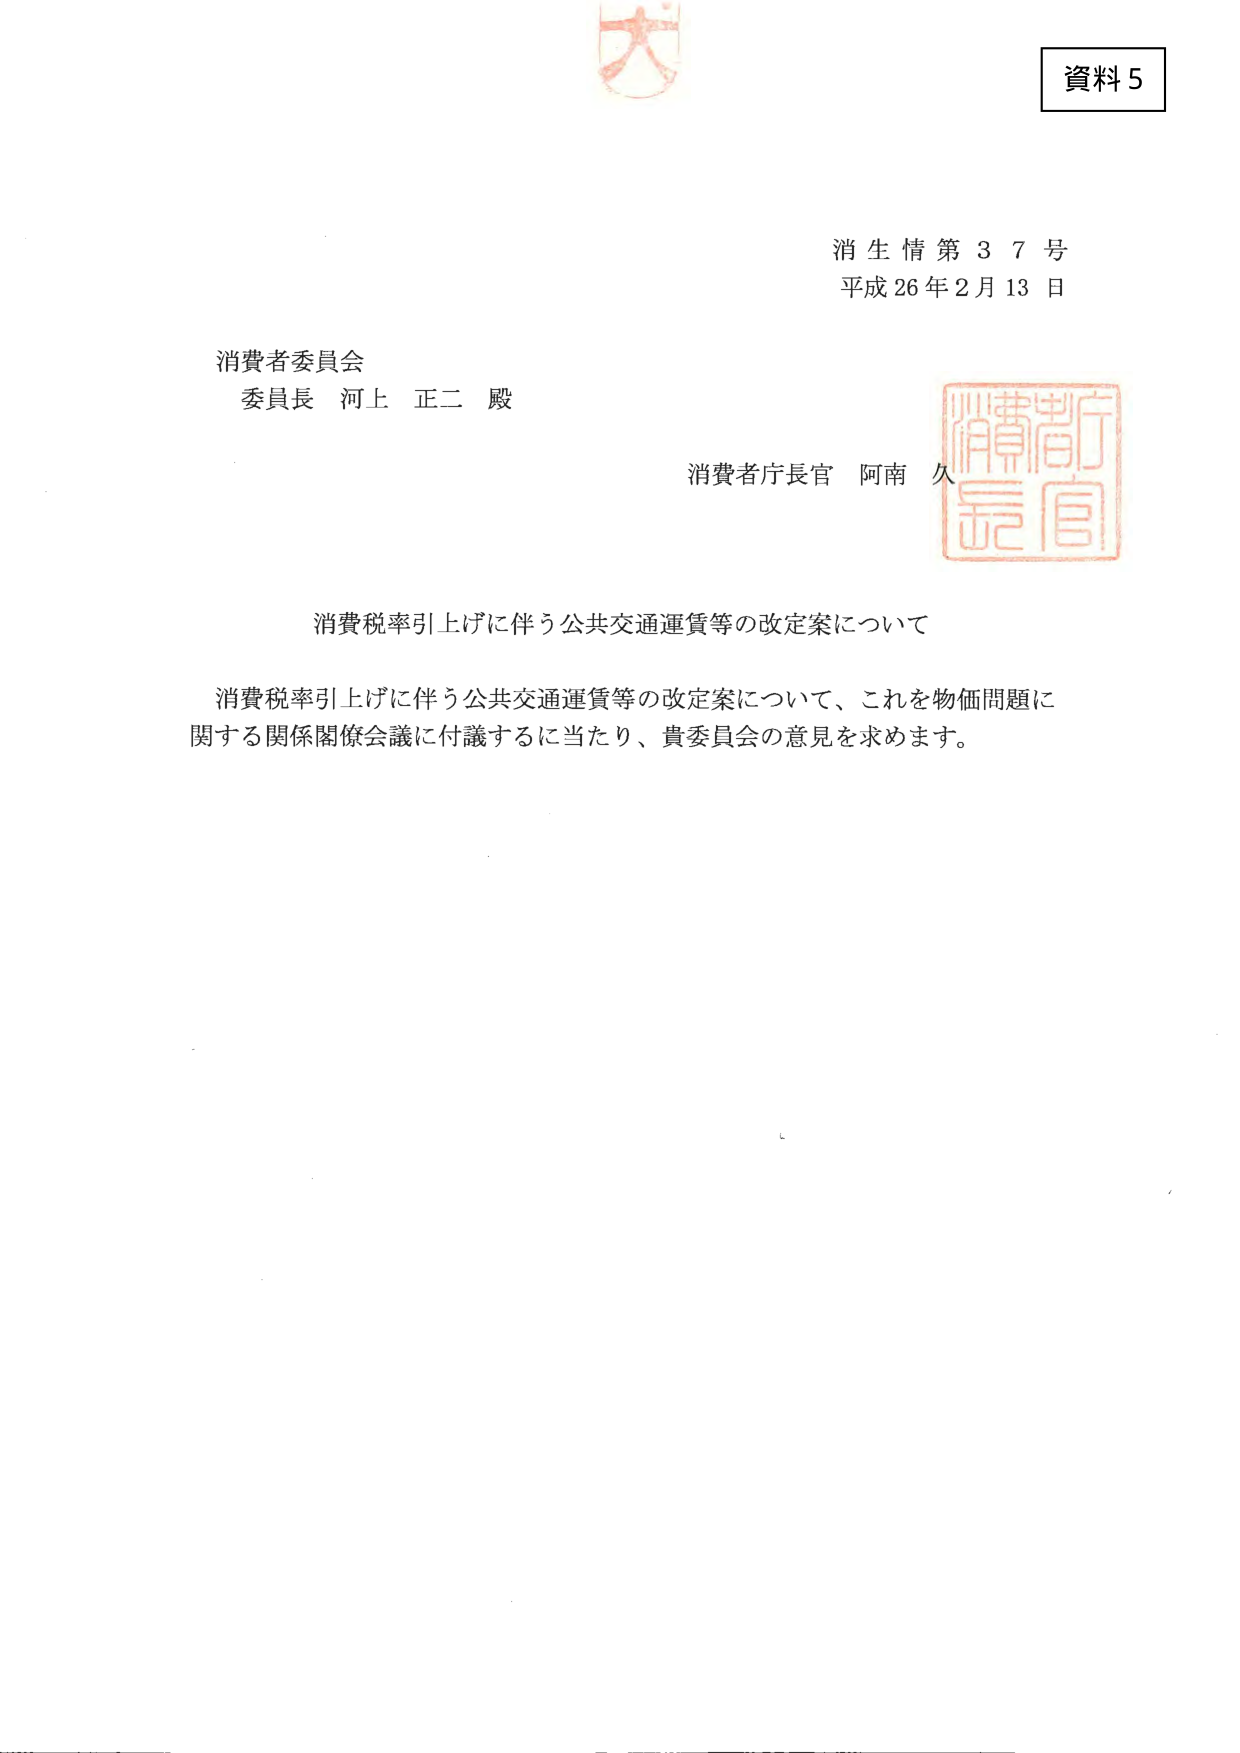
資料5

消生情第37号
平成26年2月13日

消費者委員会
委員長 河上 正二 殿

消費者庁長官 阿南 久

消費税率引上げに伴う公共交通運賃等の改定案について

消費税率引上げに伴う公共交通運賃等の改定案について、これを物価問題に関する関係閣僚会議に付議するに当たり、貴委員会の意見を求めます。